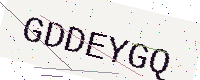
Text: GDDEYGQ